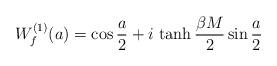
LaTeX: \begin{align*}W_{f}^{(1)}(a) = \cos{a\over 2} + i\,\tanh{\beta M\over 2}\sin{a\over2}\end{align*}